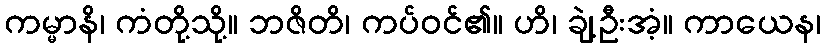
ကမ္မာနိ၊ ကံတို့သို့။ ဘဇိတိ၊ ကပ်ဝင်၏။ ဟိ၊ ချဲ့ဦးအံ့။ ကာယေန၊